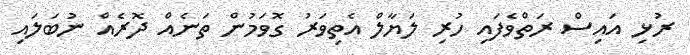
ރުޅި އައިސް ރަތްވެފައި ހުރި ލަޔާލް އެތިވަރު ގޮވަމުން ތަނެއް ދޮރެއް ނުބަލައި